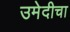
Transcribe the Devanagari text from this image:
उमेदीचा